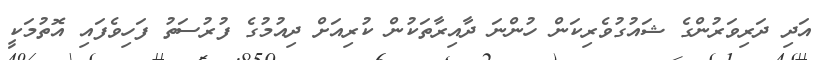
އަދި ދަރިވަރުންގެ ޝައުގުވެރިކަން ހުންނަ ދާއިރާތަކުން ކުރިއަށް ދިއުމުގެ ފުރުސަތު ފަހިވެފައި އޮތުމަކީ